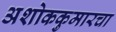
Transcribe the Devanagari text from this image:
अशोककुमारचा